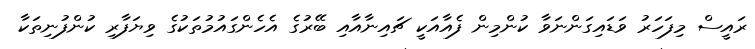
ރައީސް މިފަހަރު ވަޑައިގަންނަވާ ކުންމިން ފެއާއަކީ ޗައިނާއާއި ބޭރުގެ އެހެންގައުމުތަކުގެ ވިޔަފާރި ކުންފުނިތަކާ